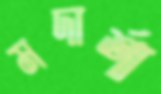
মদার্শা